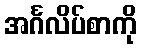
အင်္ဂလိပ်စာကို